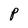
Character: P